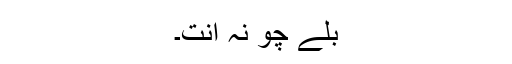
بلے چو نہ اِنت۔